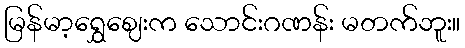
မြန်မာ့ရွှေဈေးက သောင်းဂဏန်း မတက်ဘူး။